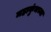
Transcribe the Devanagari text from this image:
महाकुंभच्या